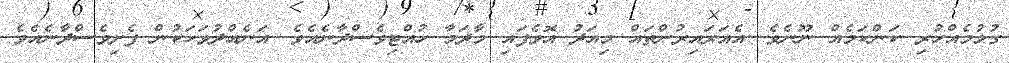
ގުޅުމެއްހުރި ކަންކަމެއް ނޫނެވެ. އެއަރައިރުންތައް މިއަދު އޮވެފައި މާދަމާ ހުއްޓިވެސްދާނެއެވެ. އަނެއްދުވަހަކުން ފެށިވެސްދާނެއެވެ.